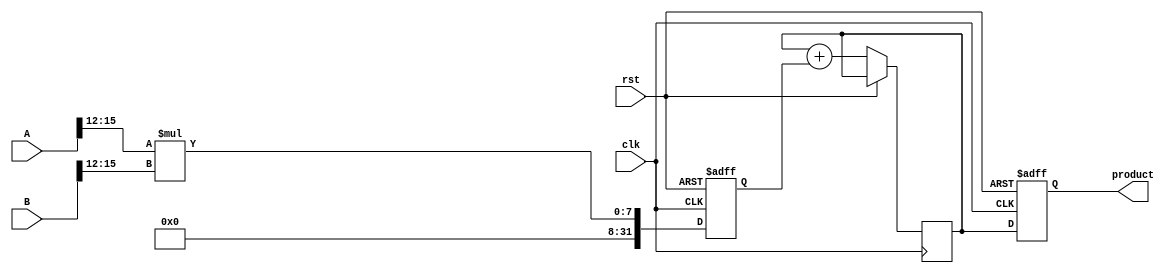
module pipelined_sliced_multiplier #(
    parameter A_WIDTH = 16,  // Width of operand A
    parameter B_WIDTH = 16,  // Width of operand B
    parameter SLICE_WIDTH = 4 // Width of each slice
)(
    input wire clk,
    input wire rst,
    input wire [A_WIDTH-1:0] A,
    input wire [B_WIDTH-1:0] B,
    output reg [A_WIDTH + B_WIDTH - 1:0] product
);

    localparam NUM_SLICES_A = A_WIDTH / SLICE_WIDTH;
    localparam NUM_SLICES_B = B_WIDTH / SLICE_WIDTH;

    // Intermediate registers for partial products
    reg [A_WIDTH + B_WIDTH - 1:0] partial_products[0:NUM_SLICES_A-1][0:NUM_SLICES_B-1];
    reg [A_WIDTH + B_WIDTH - 1:0] sum[0:NUM_SLICES_A + NUM_SLICES_B - 2]; // For adder tree

    // Control signals
    reg [NUM_SLICES_A + NUM_SLICES_B - 1:0] valid;
    integer i, j;

    // Generate partial products
    always @(posedge clk or posedge rst) begin
        if (rst) begin
            for (i = 0; i < NUM_SLICES_A; i = i + 1) begin
                for (j = 0; j < NUM_SLICES_B; j = j + 1) begin
                    partial_products[i][j] <= 0;
                end
            end
            product <= 0;
            valid <= 0;
        end else begin
            // Generate partial products
            for (i = 0; i < NUM_SLICES_A; i = i + 1) begin
                for (j = 0; j < NUM_SLICES_B; j = j + 1) begin
                    partial_products[i][j] <= (A[i*SLICE_WIDTH +: SLICE_WIDTH] * B[j*SLICE_WIDTH +: SLICE_WIDTH]);
                end
            end
            
            // Accumulate partial products in a pipelined manner
            for (i = 0; i < NUM_SLICES_A + NUM_SLICES_B - 1; i = i + 1) begin
                sum[i] <= 0;
                for (j = 0; j <= i; j = j + 1) begin
                    if (j < NUM_SLICES_A && (i - j) < NUM_SLICES_B) begin
                        sum[i] <= sum[i] + partial_products[j][i - j];
                    end
                end
            end
            
            // Final product output
            product <= sum[NUM_SLICES_A + NUM_SLICES_B - 2];
        end
    end

endmodule